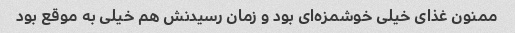
ممنون غذای خیلی خوشمزه‌ای بود و زمان رسیدنش هم خیلی به موقع بود